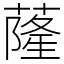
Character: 蕯